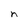
Character: n